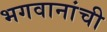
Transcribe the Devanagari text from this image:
भगवानांची